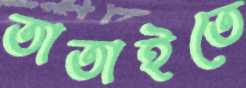
তাতাইতে